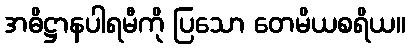
အဓိဋ္ဌာနပါရမီကို ပြသော တေမိယစရိယ။